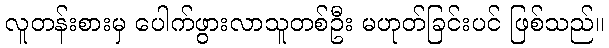
လူတန်းစားမှ ပေါက်ဖွားလာသူတစ်ဦး မဟုတ်ခြင်းပင် ဖြစ်သည်။